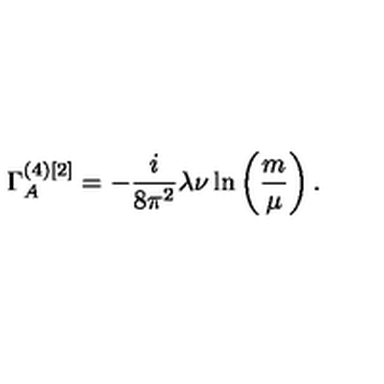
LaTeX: \Gamma _ { A } ^ { ( 4 ) [ 2 ] } = - \frac { i } { 8 \pi ^ { 2 } } \lambda \nu \ln \left( \frac { m } { \mu } \right) .